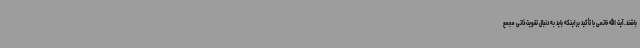
باشند. آیت الله خاتمی با تأکید بر اینکه باید به دنبال تقویت ذاتی مجمع